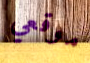
موقعي